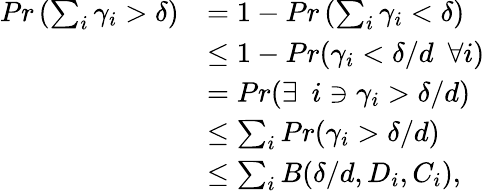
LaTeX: \begin{array}{rl}{Pr\left(\sum_{i}\gamma_{i}>\delta\right)}&{=1-Pr\left(\sum_{i}\gamma_{i}<\delta\right)}\\ &{\leq 1-Pr(\gamma_{i}<\delta/d\, \, \, \forall i)}\\ &{=Pr(\exists\, \, \, i\ni\gamma_{i}>\delta/d)}\\ &{\leq\sum_{i}Pr(\gamma_{i}>\delta/d)}\\ &{\leq\sum_{i}B(\delta/d,D_{i},C_{i}),}\end{array}